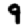
Digit: 9